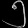
Digit: ၅